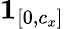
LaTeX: \mathbf{1}_{[0,c_{x}]}